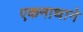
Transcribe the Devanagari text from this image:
एकनाथाने